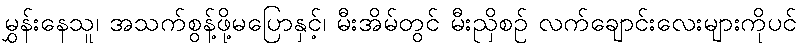
မွှန်းနေသူ၊ အသက်စွန့်ဖို့မပြောနှင့်၊ မီးအိမ်တွင် မီးညှိစဉ် လက်ချောင်းလေးများကိုပင်